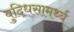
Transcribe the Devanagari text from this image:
बुद्धिसामर्थ्य